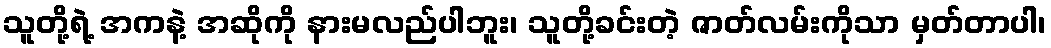
သူတို့ရဲ့ အကနဲ့ အဆိုကို နားမလည်ပါဘူး၊ သူတို့ခင်းတဲ့ ဇာတ်လမ်းကိုသာ မှတ်တာပါ၊